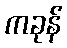
ကခုန်